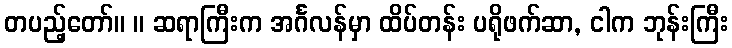
တပည့်တော်။ ။ ဆရာကြီးက အင်္ဂလန်မှာ ထိပ်တန်း ပရိုဖက်ဆာ, ငါက ဘုန်းကြီး